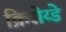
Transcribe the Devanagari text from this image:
क्रिसेय्डे